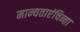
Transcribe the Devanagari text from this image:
मान्यताएंचिन्ता